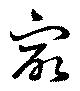
最